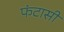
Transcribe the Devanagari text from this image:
फंटासी